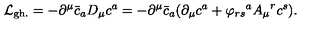
{ \cal { L } } _ { \mathrm { g h . } } = - { \partial } ^ { \mu } { \bar { c } } _ { a } D _ { \mu } { c ^ { a } } = - { \partial } ^ { \mu } { \bar { c } } _ { a } ( { \partial } _ { \mu } c ^ { a } + { \varphi _ { r s } } ^ { a } { A _ { \mu } } ^ { r } { c ^ { s } } ) .